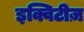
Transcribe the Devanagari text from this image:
इक्विटीज़